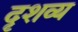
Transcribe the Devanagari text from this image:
दृशव्य